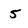
Character: 5